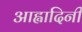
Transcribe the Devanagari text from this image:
आह्वादिनी